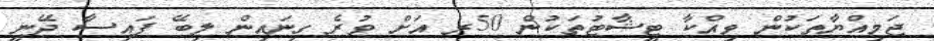
ޖަމިއްޔާތަކުން ވިއްކާ ޓީޝާޓުތަކުން 50ރ އަށް ވުރެ ގިނައިން ލިބޭ ފައިސާ ދޭނީ